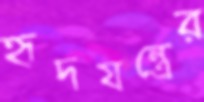
হৃদযন্ত্রের